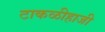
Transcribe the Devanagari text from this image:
टाकळीहाजी